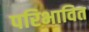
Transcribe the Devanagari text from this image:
परिभावित